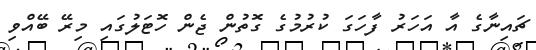
ޗައިނާގެ އާ އަހަރު ފާހަގަ ކުރުމުގެ ގޮތުން ޖެން ހޮޓަލުގައި މިރޭ ބޭއްވި